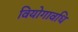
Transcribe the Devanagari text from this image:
वियोगावधि